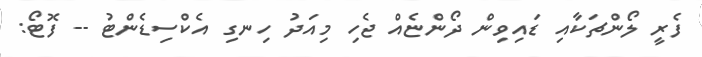
ފެރީ ލޯންޗަކާއި ޑައިވިން ދޯންޏެއް ޖެހި މިއަދު ހިނގި އެކްސިޑެންޓު -- ފޮޓޯ: